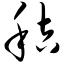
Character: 秸